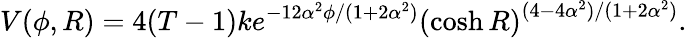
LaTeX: V(\phi,R)=4(T-1)ke^{-12\alpha^{2}\phi/(1+2\alpha^{2})}\left(\cosh R\right)^{(4-4\alpha^{2})/(1+2\alpha^{2})}.